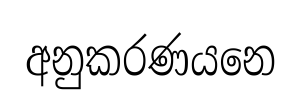
අනුකරණයනෙ